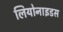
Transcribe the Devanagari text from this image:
लियोनाइडस